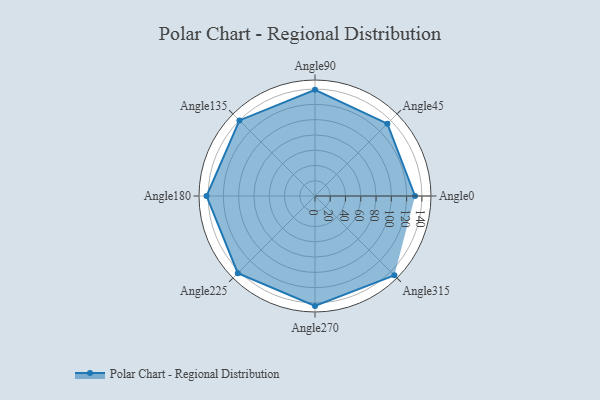
{"axis": {"x": "Angle", "y": "Radius"}, "legend": [""], "data": [{"x": "Angle0", "y": 131.0, "type": ""}, {"x": "Angle45", "y": 134.0, "type": ""}, {"x": "Angle90", "y": 139.0, "type": ""}, {"x": "Angle135", "y": 140.0, "type": ""}, {"x": "Angle180", "y": 142.0, "type": ""}, {"x": "Angle225", "y": 143.0, "type": ""}, {"x": "Angle270", "y": 144.0, "type": ""}, {"x": "Angle315", "y": 147.0, "type": ""}]}